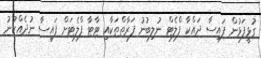
ގުޅީފަޅުން ފައިސާ ދައްކާ ފްލެޓް ނުލިބުނު ފަރާތްތަކާއި ޓާޓާ ފްލެޓަށް ފައިސާ ނުދެއްކުނު